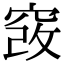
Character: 𥦄